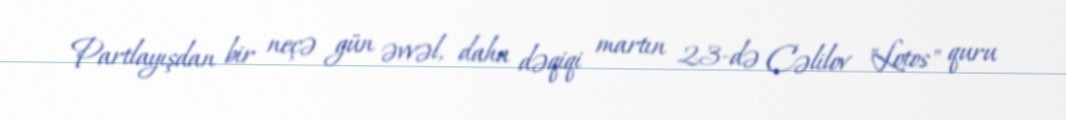
Partlayışdan bir neçə gün əvvəl, daha dəqiqi martın 23-də Cəlilov "Lotos" quru